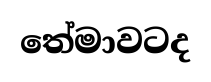
තේමාවටද